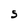
Character: S